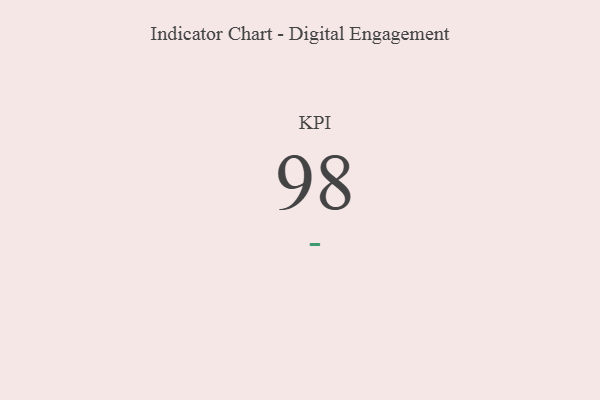
{"axis": {"x": "KPI", "y": "Value"}, "legend": [""], "data": [{"x": "KPI", "y": 98, "type": ""}]}